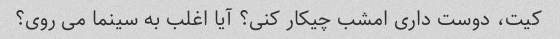
کیت، دوست داری امشب چیکار کنی؟ آیا اغلب به سینما می روی؟